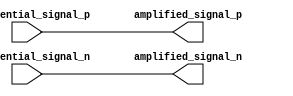
module io_buffer (
  input wire differential_signal_p,
  input wire differential_signal_n,
  output wire amplified_signal_p,
  output wire amplified_signal_n
);

// Differential buffer logic
assign amplified_signal_p = differential_signal_p;
assign amplified_signal_n = differential_signal_n;

endmodule